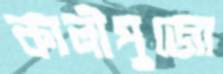
কালীপুজো